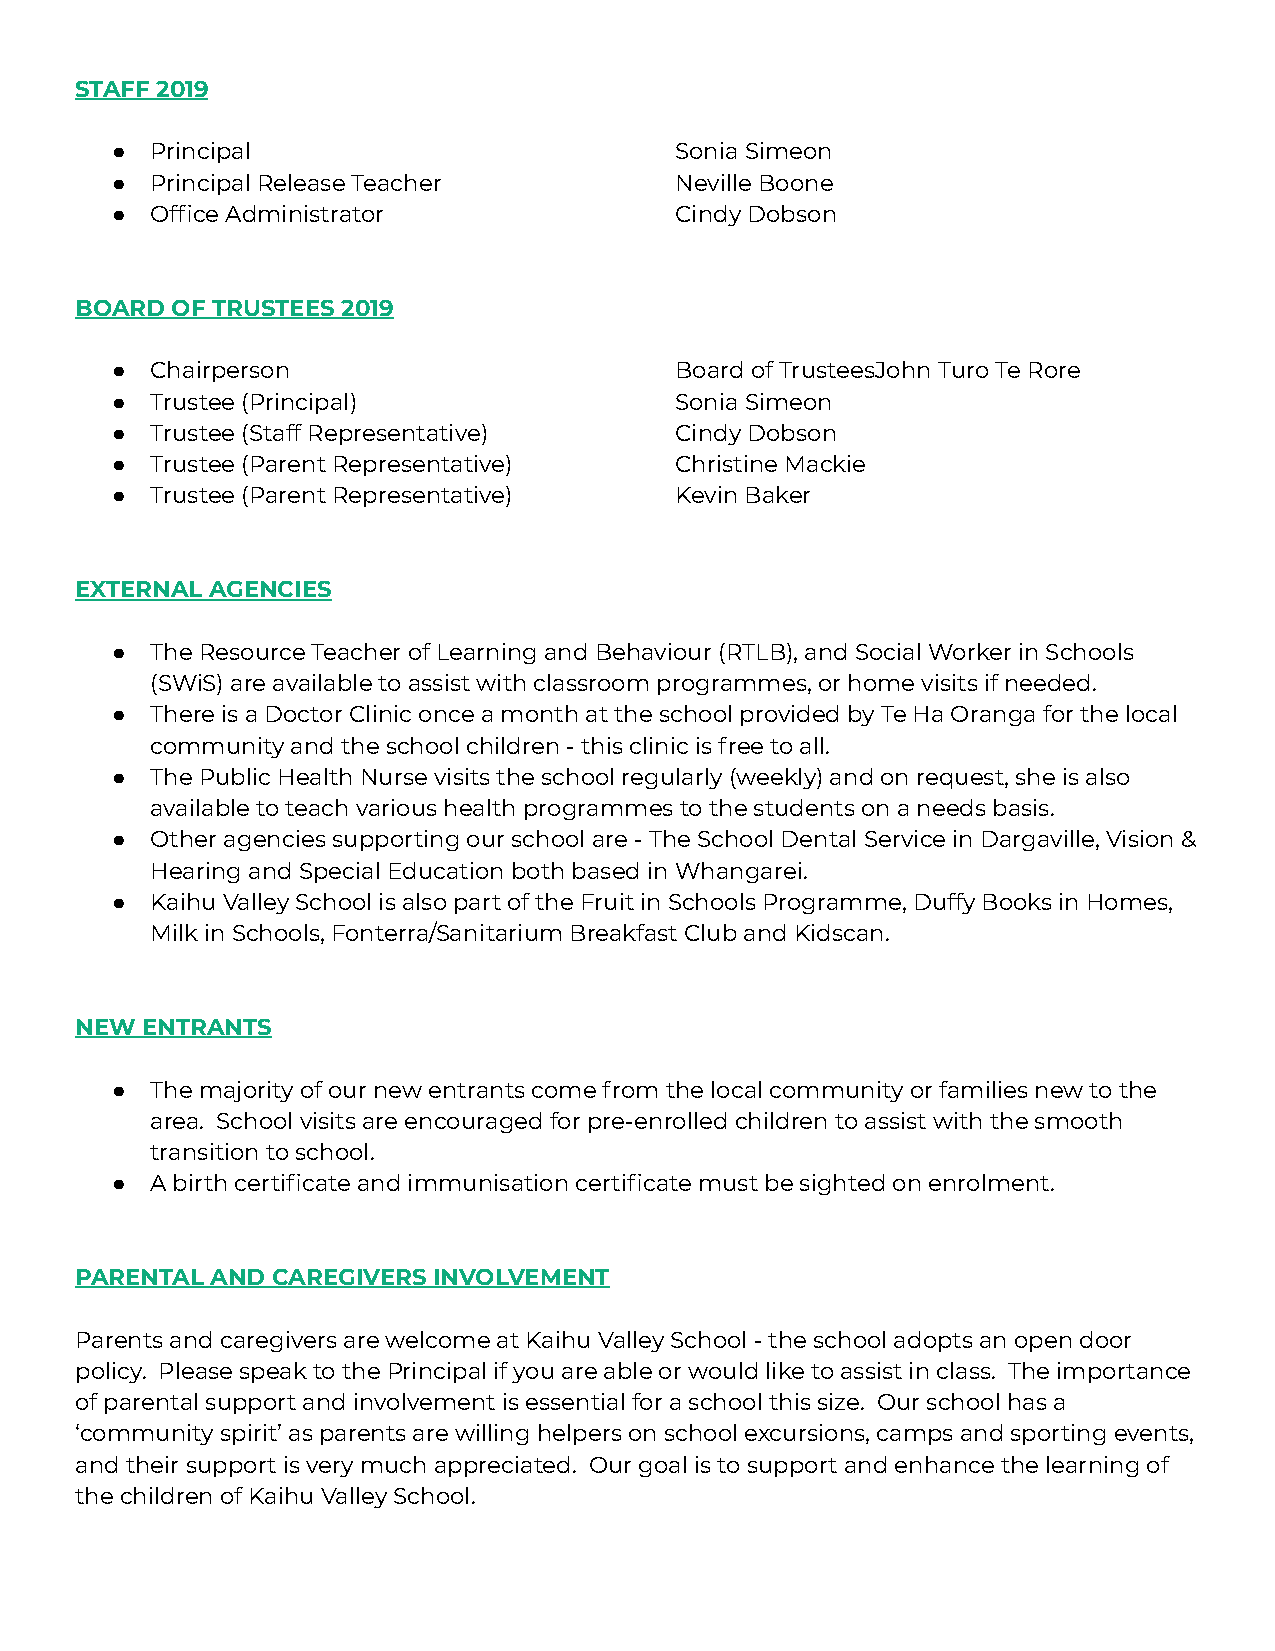
STAFF 2019
 ●  Principal                          Sonia Simeon
 ●  Principal Release Teacher          Neville Boone
 ●  Office Administrator               Cindy Dobson
 BOARD OF TRUSTEES 2019
 ●  Chairperson                        Board of TrusteesJohn Turo Te Rore
 ●  Trustee (Principal)                Sonia Simeon
 ●  Trustee (Staff Representative)     Cindy Dobson
 ●  Trustee (Parent Representative)    Christine Mackie
 ●  Trustee (Parent Representative)    Kevin Baker
 EXTERNAL AGENCIES
 ●  The Resource Teacher of Learning and Behaviour (RTLB), and Social Worker in Schools
 (SWiS) are available to assist with classroom programmes, or home visits if needed.
 ●  There is a Doctor Clinic once a month at the school provided by Te Ha Oranga for the local
 community and the school children - this clinic is free to all.
 ●  The Public Health Nurse visits the school regularly (weekly) and on request, she is also
 available to teach various health programmes to the students on a needs basis.
 ●  Other agencies supporting our school are - The School Dental Service in Dargaville, Vision &
 Hearing and Special Education both based in Whangarei.
 ●  Kaihu Valley School is also part of the Fruit in Schools Programme, Duffy Books in Homes,
 Milk in Schools, Fonterra/Sanitarium Breakfast Club and Kidscan.
 NEW ENTRANTS
 ●  The majority of our new entrants come from the local community or families new to the
 area. School visits are encouraged for pre-enrolled children to assist with the smooth
 transition to school.
 ●  A birth certificate and immunisation certificate must be sighted on enrolment.
 PARENTAL AND CAREGIVERS INVOLVEMENT
 Parents and caregivers are welcome at Kaihu Valley School - the school adopts an open door
 policy. Please speak to the Principal if you are able or would like to assist in class. The importance
 of parental support and involvement is essential for a school this size. Our school has a
 ‘community spirit’ as parents are willing helpers on school excursions, camps and sporting events,
 and their support is very much appreciated. Our goal is to support and enhance the learning of
 the children of Kaihu Valley School.